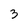
Character: 3